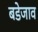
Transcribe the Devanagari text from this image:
बडेजाव